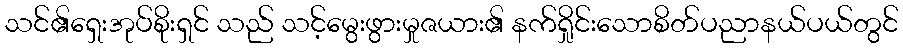
သင်၏ရှေးအုပ်စိုးရှင် သည် သင့်မွေးဖွားမှုဇယား၏ နက်ရှိုင်းသောစိတ်ပညာနယ်ပယ်တွင်